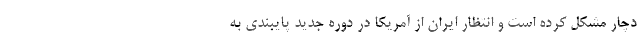
دچار مشکل کرده است و انتظار ایران از آمریکا در دوره جدید پایبندی به